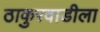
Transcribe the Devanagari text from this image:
ठाकुरवाडीला